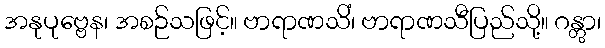
အနုပုဗ္ဗေန၊ အစဉ်သဖြင့်။ ဗာရာဏသိံ၊ ဗာရာဏသီပြည်သို့။ ဂန္တွာ၊